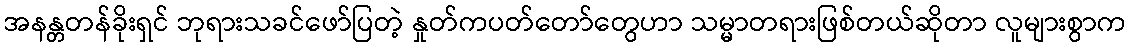
အနန္တတန်ခိုးရှင် ဘုရားသခင်ဖော်ပြတဲ့ နှုတ်ကပတ်တော်တွေဟာ သမ္မာတရားဖြစ်တယ်ဆိုတာ လူများစွာက